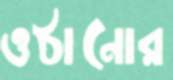
ওঠানোর